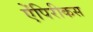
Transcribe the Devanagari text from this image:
ऐंपिरीकस